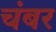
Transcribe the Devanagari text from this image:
चंबर